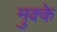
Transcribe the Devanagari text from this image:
मुक्‍के